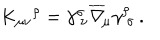
K _ { \mu \nu } { ^ \rho } = \gamma _ { \ \nu } ^ { \sigma } \overline { { \nabla } } _ { \! \mu } \gamma _ { \ \sigma } ^ { \rho } \, .